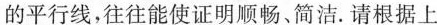
的平行线，往往能使证明顺畅、简洁。请根据上